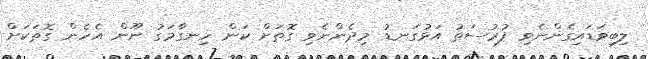
ލިބިވަޑައިގެންނެވި ފުރުސަތު އަޅުގަނޑު މިދެންނެވި ގޮތަށް ކަން ހިނގާމަގު ނޫން އެހެން ގޮތަކަށް